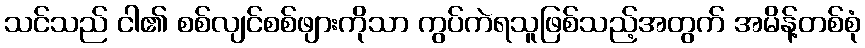
သင်သည် ငါ၏ စစ်လျင်စစ်ဖျားကိုသာ ကွပ်ကဲရသူဖြစ်သည့်အတွက် အမိန့်တစ်စုံ